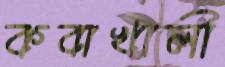
কবাখালী